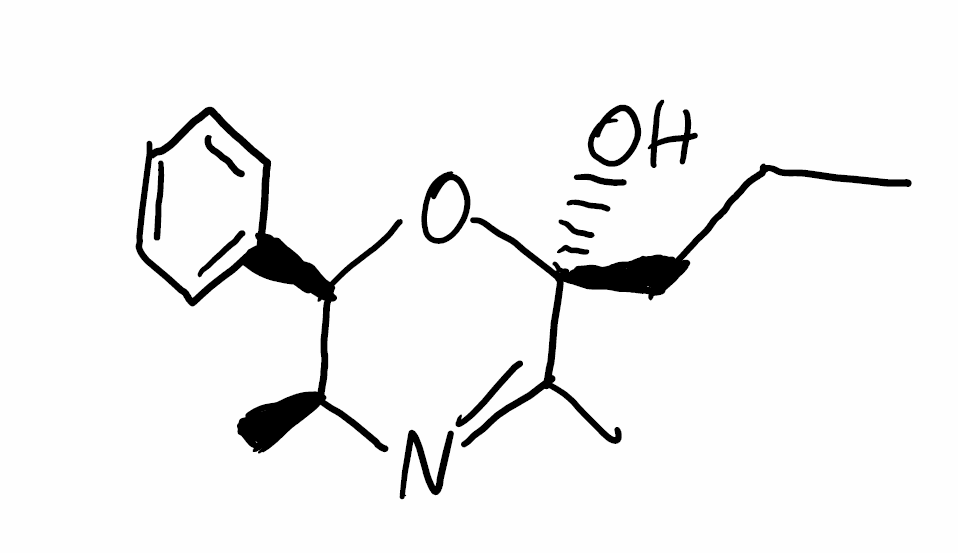
Simplified molecular-input line-entry system (SMILES) notation of the given molecule:
CCC[C@]1(C(=N[C@H]([C@H](O1)C2=CC=CC=C2)C)C)O